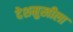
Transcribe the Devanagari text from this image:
देशमुखीला